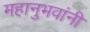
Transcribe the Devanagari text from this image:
महानुभवांनी